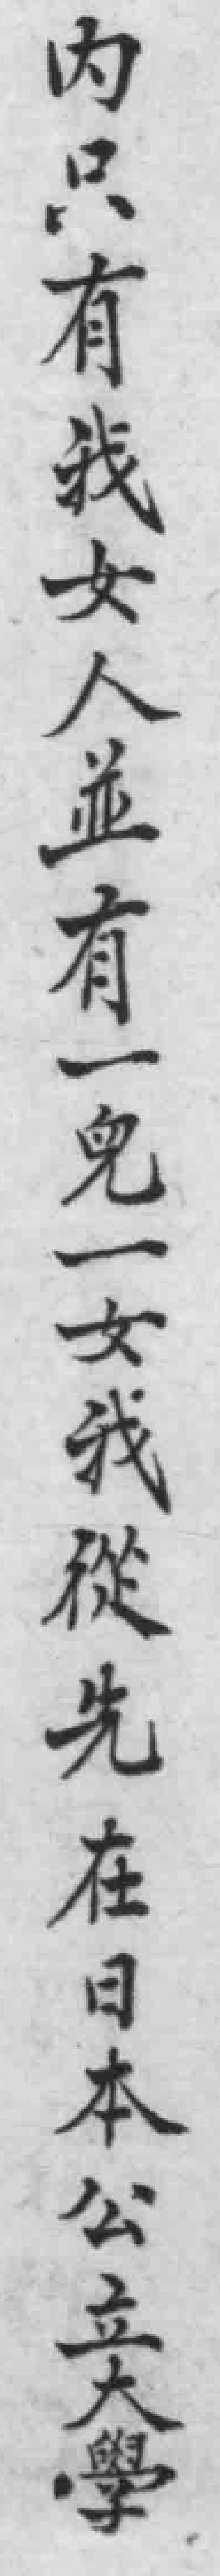
内只有我女人並有一兒一女我從先在日本公立大學